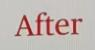
After